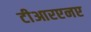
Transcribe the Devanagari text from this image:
टीआरएनए